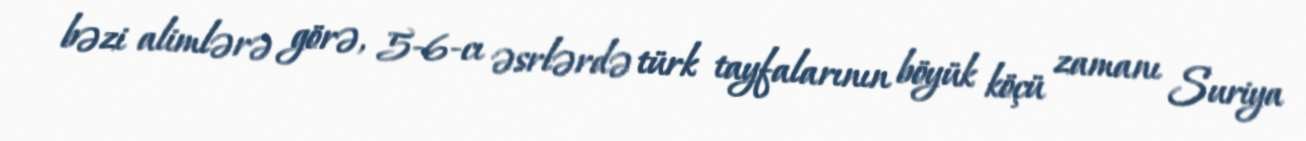
bəzi alimlərə görə, 5-6-cı əsrlərdə türk tayfalarının böyük köçü zamanı Suriya